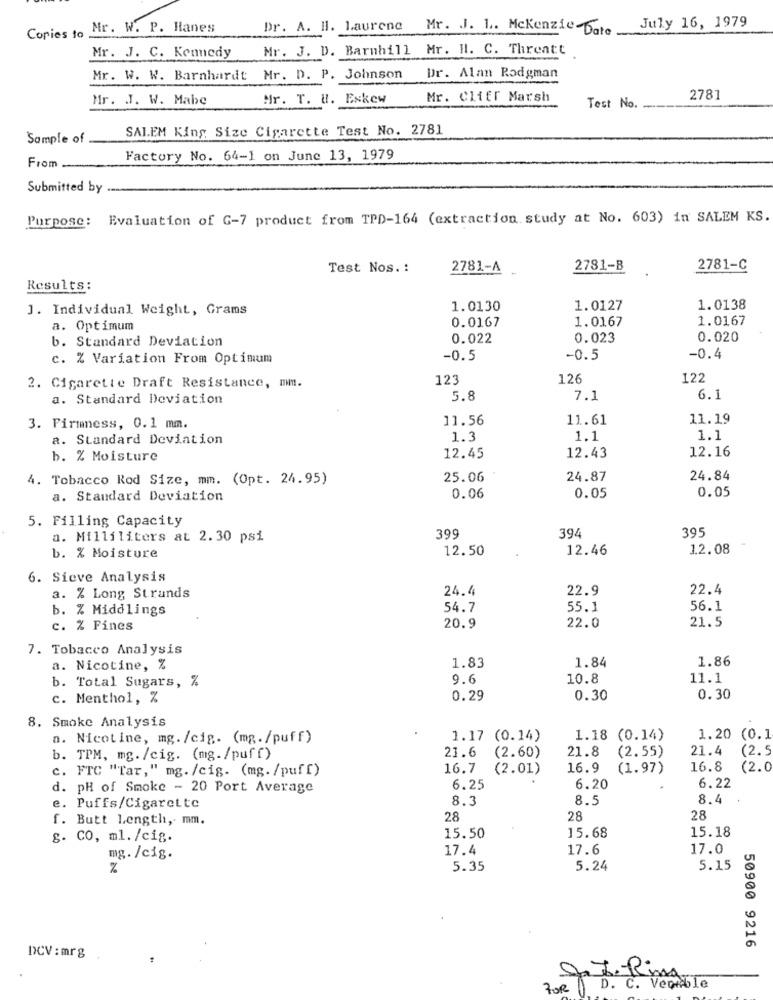
Copies to Mr. W. P. Hanes
Dr. A. B. Laurene Mr. J. 1 .. Mckenzie-De, July 16, 1979
Mr. J. D. Barnhill Mr. H. C. Threatt
Mr. J. C. Kennedy
Mr. W. W. Barnhardt Mr. D. P. Johnson
Dr. Alan Rodgman
Mr. J. W. Mabe
Mr. T. U. Eskew
Mr. Cliff Marsh
2781
Test No.
SALEM King Size Cigarette Test No. 2781
Sample of
From
Factory No. 64-1 on June 13, 1979
Submitted by
Purpose: Evaluation of G-7 product from TPD-164 (extraction. study at No. 603) in SALEM KS.
Test Nos. :
2781-A
2781-B
2781-C
Results:
J. Individual Weight, Grams
1.0130
1.0127
1.0138
1.0167
1.0167
a. Optimum
0.0167
b. Standard Deviation
0.022
0.023
0.020
c. % Variation From Optimum
-0.5
-0.5
-0.4
123
126
122
2. Cigarette Draft Resistance, mm.
a. Standard Deviation
5.8
7.1
6.1
11.56
11.61
11.19
3. Firmness, 0.1 mm.
a. Standard Deviation
1.3
1.1
1.1
12.16
b. % Moisture
12.45
12.43
4. Tobacco Rod Size, mm. (Opt. 24.95)
25.06
24.87
24.84
0.06
a. Standard Deviation
0.05
0.05
5. Filling Capacity
394
395
a. Milliliters at 2.30 psi
399
12.50
12.46
12.08
b. % Moisture
6. Sieve Analysis
24.4
22.9
22.4
3. % Long Strands
b. % Middlings
54.7
55.1
56.1
21.5
c. % Fines
20.9
22.0
7. Tobacco Analysis
1.83
1.84
1.86
a. Nicotine, %
b. Total Sugars, %
9.6
10.8
11.1
c. Menthol, %
0.29
0.30
0.30
8. Smoke Analysis
a. Nicotine, mg. /cig. (mg./puff)
1.17 (0.14)
1.18 (0.14)
1.20
(0.1
21.6
21.8
(2.55)
21.4
(2.5
b. TPM, mg. /cig. (mg./puff)
(2.60)
c. FTC "Tar," mg. /cig. (mg. /puff)
16.7
(2.01)
16.9
(1.97)
16.8
(2.0
d. pH of Smoke - 20 Port Average
6.25
6.20
6.22
8.3
8.5
8.4
e. Puffs/Cigarette
f. Butt Length, mm.
28
28
28
15.50
15.68
15.18
g. CO, ml. /cig.
17.4
17.6
17.0
mg. /cig.
%
5.35
5.24
5.15
50900 9216
DCV : mrg
.
D. C. Veouble